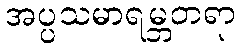
အပ္ပသမာရမ္ဘတရာ